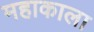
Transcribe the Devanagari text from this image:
महाकाला